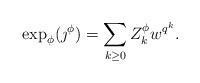
LaTeX: \begin{align*}\exp_{\phi}(\jmath^{\phi})=\sum_{k \geq 0}Z^{\phi}_kw^{q^k}.\end{align*}